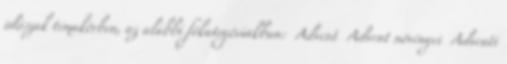
időszak témakörben, az alábbi főkategóriákban: Advent Advent növényei Adventi